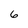
Character: 6